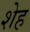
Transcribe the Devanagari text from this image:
शेह